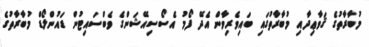
މުބާރާތުގެ ޤަވާޢިދާއި މުބާރާތުގައި ބައިވެރިވާން އެދޭ ފޯމު އެސޯސިއޭޝަންގެ ވެބްސައިޓުން ޑައުންލޯޑް މުބާރާތުގެ